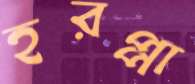
হরপ্পা